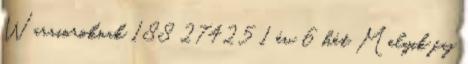
Warrioroknak 188 27425 1 év 6 hét Melyik faj